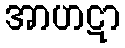
အာဟဋာ